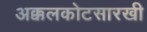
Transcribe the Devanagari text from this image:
अक्कलकोटसारखी